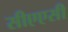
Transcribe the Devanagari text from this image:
सीएएसी